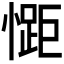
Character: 𭞯